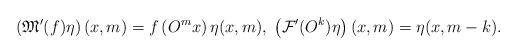
LaTeX: \begin{align*}\left(\mathfrak{M}^\prime(f)\eta\right)(x,m)=f\left( O^mx\right)\eta(x,m),\;\left( \mathcal{F}'(O^k)\eta \right)(x,m)=\eta(x,m-k).\end{align*}